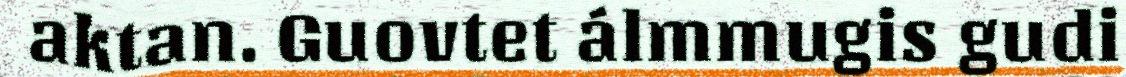
aktan. Guovtet álmmugis gudi